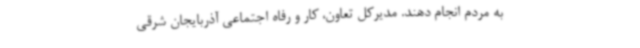
به مردم انجام دهند. مدیرکل تعاون، کار و رفاه اجتماعی آذربایجان شرقی